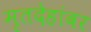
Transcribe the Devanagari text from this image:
मृतदेहांवर